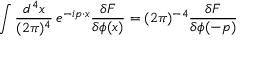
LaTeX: \int \frac { d ^ { 4 } x } { ( 2 \pi ) ^ { 4 } } \, e ^ { - i p \cdot x } \frac { \delta F } { \delta \phi ( x ) } = ( 2 \pi ) ^ { - 4 } \frac { \delta F } { \delta \phi ( - p ) }